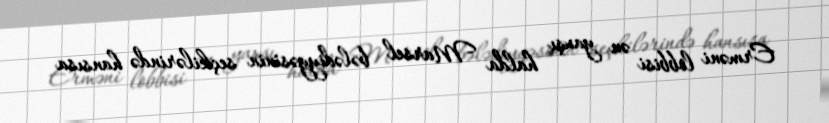
Erməni lobbisi ən yaxşı halda Marsel bələdiyyəsinin seçkilərində hansısa